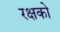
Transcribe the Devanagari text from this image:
रक्षको